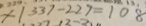
x \vert 3 3 7 - 2 2 7 = 1 0 8